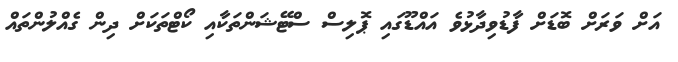
އަށް ވަރަށް ބޮޑަށް ފާޑުވިދާޅުވެ އައްޑޫގައި ޕޮލިސް ސްޓޭޝަންތަކާއި ކޯޓްތަކަށް ދިން ގެއްލުންތައް